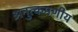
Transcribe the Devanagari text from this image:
अनुत्कमणीय